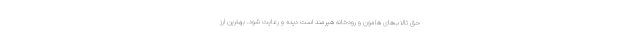
حق تالاب‌های هامون و رودخانه هیرمند است دیده و رعایت شود. بهترین ارز